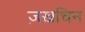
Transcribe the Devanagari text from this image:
ज़ख़चिन